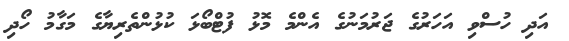
އަދި ހުސްވި އަހަރުގެ ޖަރުމަނުގެ އެންމެ މޮޅު ފުޓްބޯޅަ ކުޅުންތެރިޔާގެ މަގާމު ހޯދި